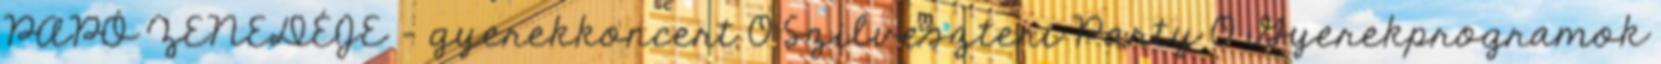
PAPÓ ZENEDÉJE – gyerekkoncert 0 Szilveszteri Party 0 Gyerekprogramok